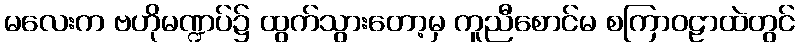
မလေးက ဗဟိုမဏ္ဍပ်၌ ထွက်သွားတော့မှ ကူညီစောင်မ စကြာဝဠာထဲတွင်